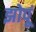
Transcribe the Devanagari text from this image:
झोपूं